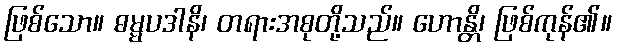
ဖြစ်သော။ ဓမ္မပဒါနိ၊ တရားအစုတို့သည်။ ဟောန္တိ၊ ဖြစ်ကုန်၏။